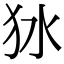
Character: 𤝎